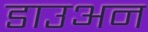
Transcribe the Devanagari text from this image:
डाउअन